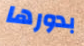
بدورها